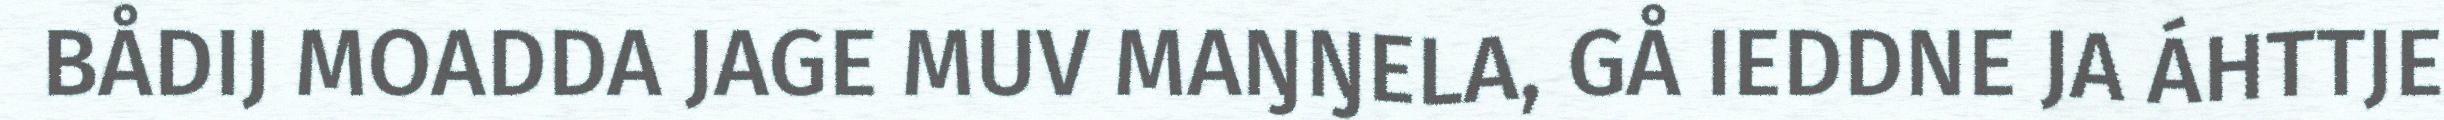
BÅDIJ MOADDA JAGE MUV MAŊŊELA, GÅ IEDDNE JA ÁHTTJE